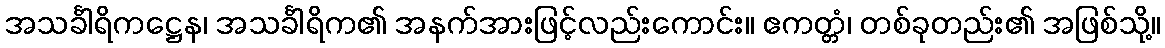
အသင်္ခါရိကဋ္ဌေန၊ အသင်္ခါရိက၏ အနက်အားဖြင့်လည်းကောင်း။ ဧကတ္တံ၊ တစ်ခုတည်း၏ အဖြစ်သို့။